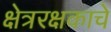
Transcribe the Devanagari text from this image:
क्षेत्ररक्षकाचे